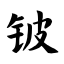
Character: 铍